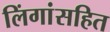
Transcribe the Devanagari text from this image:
लिंगांसहित